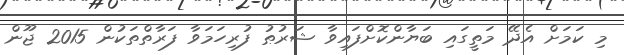
މި ކަމަށް އެދޭ މަތީގައި ބަޔާންކޮށްފައިވާ ޝަރުޠު ފުރިހަމަވާ ފަރާތްތަކުން 2015 ޖޫން